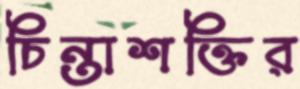
চিন্তাশক্তির